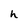
Character: h